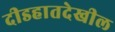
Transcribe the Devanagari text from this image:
दीडहातदेखील